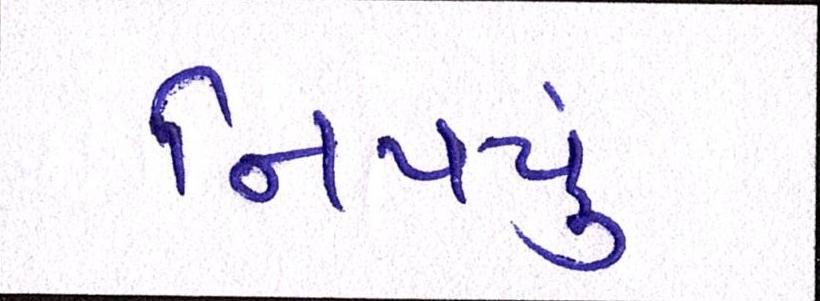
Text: નિપયું